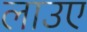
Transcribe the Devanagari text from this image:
लाउए